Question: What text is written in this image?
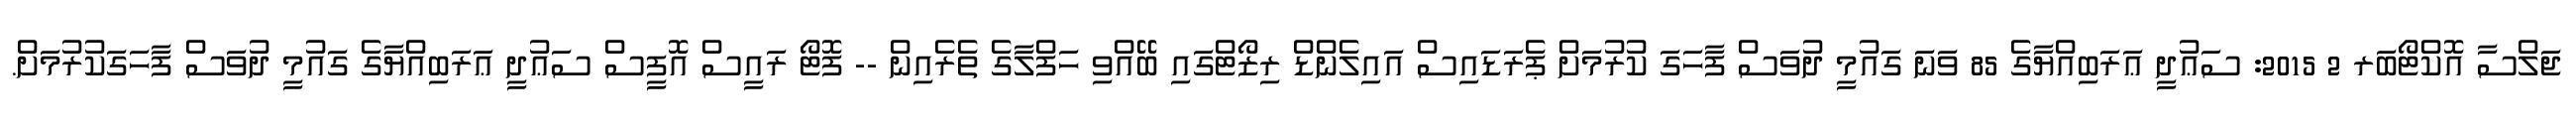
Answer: ޖަލްސާ އޮކްޓޯބަރ 2 2015: ސަޢުދީ ޢަރަބިއްޔާގެ 85 ވަނަ ގައުމީ ދުވަސް ފާހަގަ ކުރުމަށް ޕެރަޑައިސް އައިލެންޑް ރިޒޯޓްގައި ބޭއްވި ހަފްލާގެ ތެރެއިން -- ފޮޓޯ ރައީސް އޮފީސް ސަޢުދީ ޢަރަބިއްޔާގެ ގައުމީ ދުވަސް ފާހަގަކުރުމަށް.